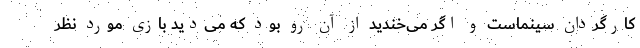
کارگردان سینماست و اگر می‌خندید از آن رو بود که می‌دید بازی مورد نظر